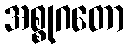
အစ္စုဂတော